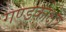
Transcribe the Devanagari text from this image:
गण्डकीक्षेत्र